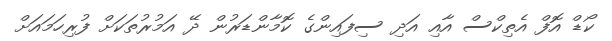
ކޯޑް އޮފް އެތިކްސް އާއި އަދި ސިފައިންގެ ކޮމާންޑަރުން ދޭ އަމުރުތަކަށް ފުރިހަމައަށް